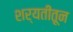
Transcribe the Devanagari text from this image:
शर्यतींतून